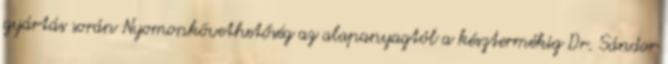
gyártás során Nyomonkövethetőség az alapanyagtól a késztermékig Dr. Sándor